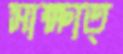
সাক্ষাত্